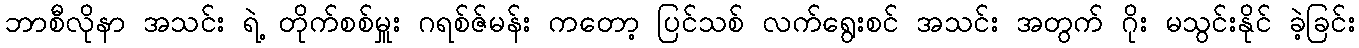
ဘာစီလိုနာ အသင်း ရဲ့ တိုက်စစ်မှူး ဂရစ်ဇ်မန်း ကတော့ ပြင်သစ် လက်ရွေးစင် အသင်း အတွက် ဂိုး မသွင်းနိုင် ခဲ့ခြင်း